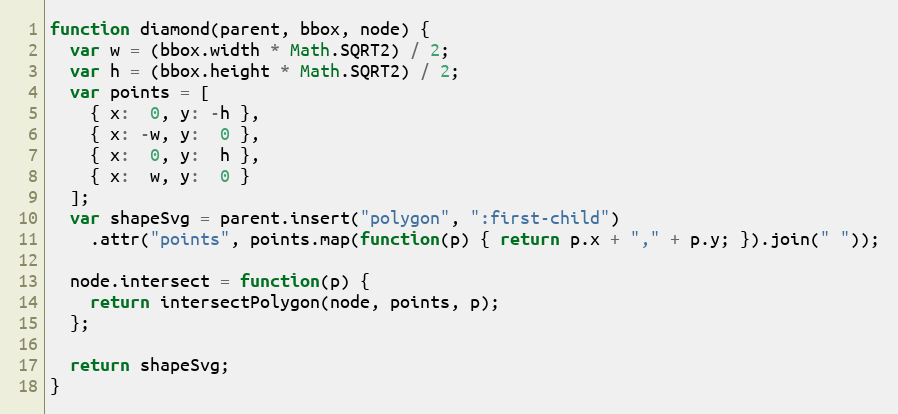
Language: JavaScript
function diamond(parent, bbox, node) {
  var w = (bbox.width * Math.SQRT2) / 2;
  var h = (bbox.height * Math.SQRT2) / 2;
  var points = [
    { x:  0, y: -h },
    { x: -w, y:  0 },
    { x:  0, y:  h },
    { x:  w, y:  0 }
  ];
  var shapeSvg = parent.insert("polygon", ":first-child")
    .attr("points", points.map(function(p) { return p.x + "," + p.y; }).join(" "));

  node.intersect = function(p) {
    return intersectPolygon(node, points, p);
  };

  return shapeSvg;
}